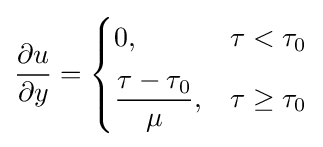
{\frac {\partial u}{\partial y}}={\begin{cases}0,&\tau <\tau _{0}\\[5px]{\dfrac {\tau -\tau _{0}}{\mu }},&\tau \geq \tau _{0}\end{cases}}